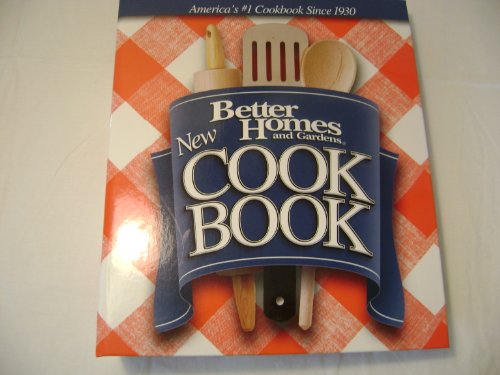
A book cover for Better Homes And Gardens New Cookbook - 12th Edition; Better Homes And Gardens; Cookbooks, Food & Wine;